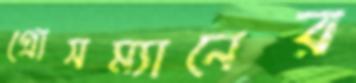
গ্রোসম্যানের